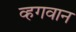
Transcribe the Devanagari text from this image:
व्हगवान